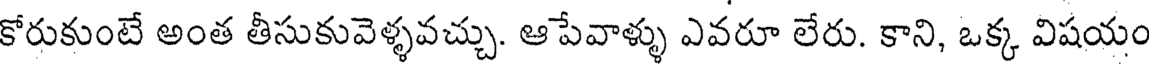
కోరుకుంటే అంత తీసుకువెళ్ళవచ్చు. ఆపేవాళ్ళు ఎవరూ లేరు. కాని, ఒక్క విషయం